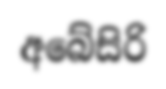
අබේසිරි